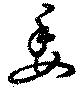
委